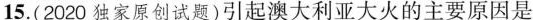
15.(2020独家原创试题)引起澳大利亚大火的主要原因是